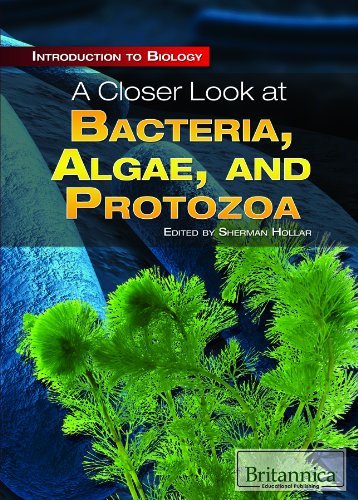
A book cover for A Closer Look at Bacteria, Algae, and Protozoa (Introduction to Biology); Teen & Young Adult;